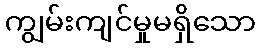
ကျွမ်းကျင်မှုမရှိသော